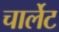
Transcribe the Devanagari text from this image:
चार्लेट